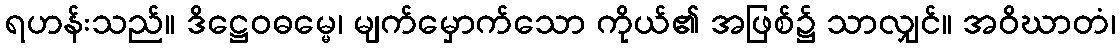
ရဟန်းသည်။ ဒိဋ္ဌေဝဓမ္မေ၊ မျက်မှောက်သော ကိုယ်၏ အဖြစ်၌ သာလျှင်။ အဝိဃာတံ၊